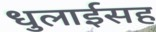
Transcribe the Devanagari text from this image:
धुलाईसह